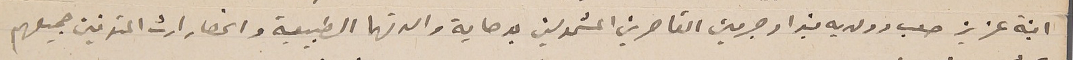
ابنة عزيز صعب وولديه فيرا وجرمين القاصرين المشمولين بوصاية والدتهما الطبيعية وانحصار ارث المتوفين جميعهم